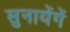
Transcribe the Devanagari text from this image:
सुनायेंगें